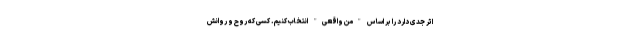
اثر جدی دارد را بر اساس "من واقعی" انتخاب کنیم. کسی که روح و روانش